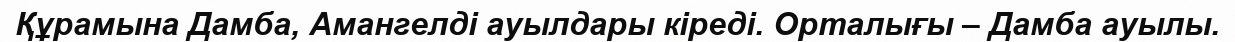
Құрамына Дамба, Амангелді ауылдары кіреді. Орталығы – Дамба ауылы.